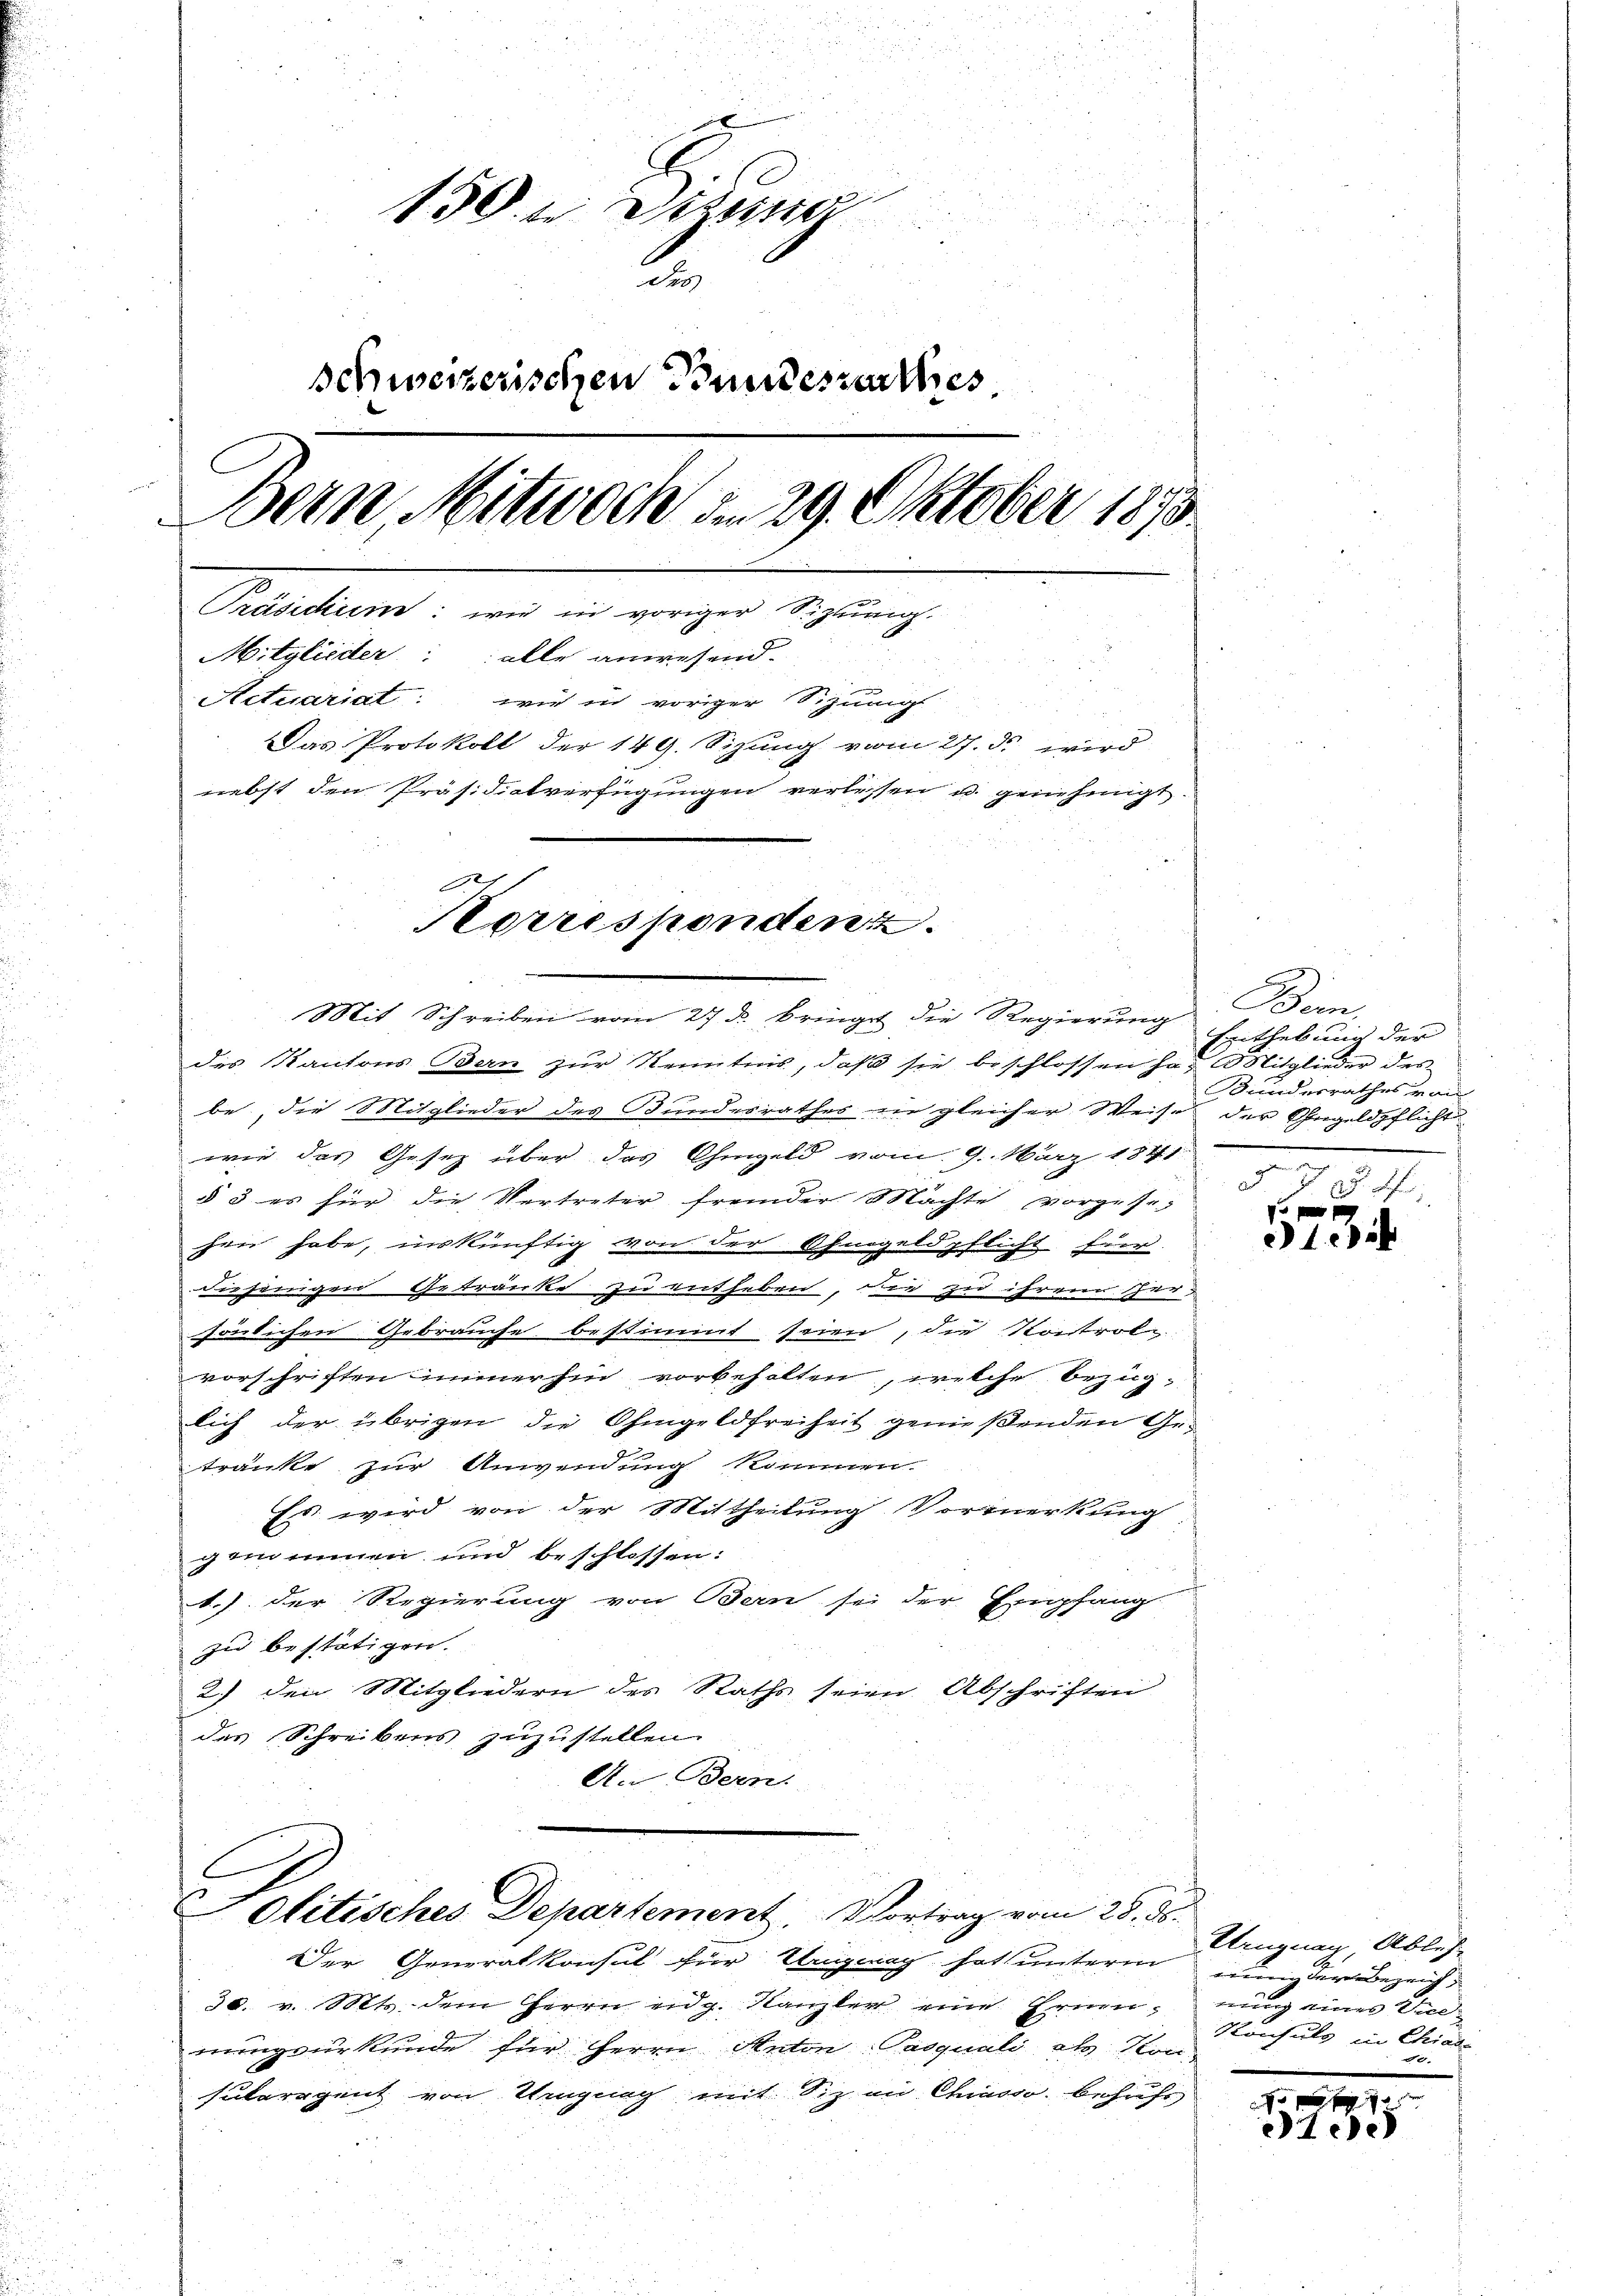
150. Dezung
2
Schweizerischen Bundesurthes
Bern, Mitwoch am 29. Oktober 1873.
Präsiden: wie in voriger Sihlung.
Mitglieder: alle anwesend.
Actuariat: wie in voriger Sizungs
Das Protokoll der 149. Sizung vom 27. ds. wird
nebst den Präsidialverfügungen verlessen u. genehmigt.
Af
Korrespondenz

olitisches Departement, Vortrag vom 28. ds.

Mit Schreiben vom 27 u. bringe die Regierung
des Kantons Bern zur Kenntnis, daß sie beschlossen hat. Mitglieder des
be, die Mitglieder des Bundesrathes in gleicher Weise der Angeldpflicht
wie das Gesetz über das Ohmgeld vom 9. März 1841
§ 3 es für die Vertreter fremder Machte vorgesehen habe, inskünftig von der Ohmgeldpflicht für
diejenigen Getränke zu entheben, die zu ihrem Versönlichen Gebrauche bestimmt seien, die Kontrol-
vorschriften immerhin vorbehalten, welche bezüg-
lich der übrigen die Ohmgeldfreiheit genießenden Getränke zur Anwendung kommen.
Es wird von der Mittheilung Vormerkung
gerinnen, und beschlossen:
1.) Der Regierung von Bern sei der Empfang-
zu bestätigen.
2.) den Mitgliedern des Raths seien. Abschriften
das Schreibens zuzustellen.
An Bern.

Der Generalkonsul für Originag hat unterm nung der Bezeich¬
30. v. Mts. dem Herrn eidg. Kanzler eine Ernennung eines Vicemungsurkunde für Herrn Anton Pasquali als Kon
sulorigent von Ungung mit Siz an Chiasso, behufs

Bem
Enthebung der
Bunderrathes von
.

d. J. J. J.
5734

Uenznag, Ableh
Konsuls in Chial-
de

t
tee